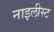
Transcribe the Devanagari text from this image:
नाइलीस्ट